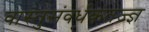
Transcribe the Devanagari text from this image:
वास्तुसंवर्धकतज्ज्ञ